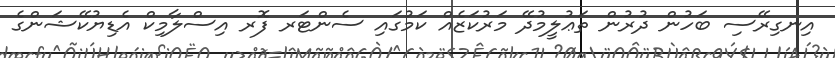
އިނގިރޭސި ބަހުން ދުރުން ތަޢުލީމުދޭ މަރުކަޒެއް ކަމުގައި ސެންޓަރ ފޮރ އިސްލާމިކް އެޑިޔުކޭޝަންގެ